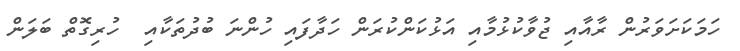
ހަމަކަށަވަރުން ރާއާއި ޖުވާކުޅުމާއި އަޅުކަންކުރަން ހަދާފައި ހުންނަ ބުދުތަކާއި  ހުރިގޮތް ބަލަން